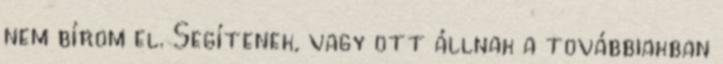
nem bírom el. Segítenek, vagy ott állnak a továbbiakban